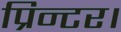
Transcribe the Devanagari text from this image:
प्रिन्टर।